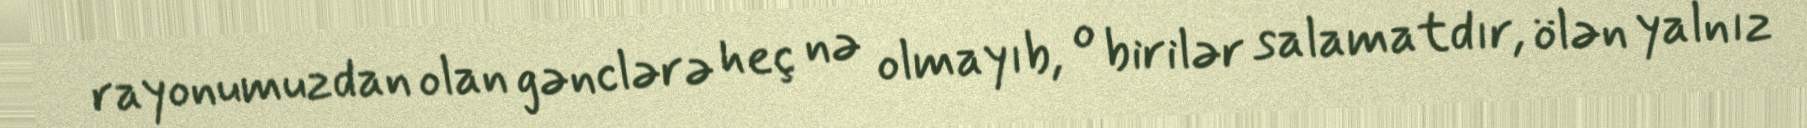
rayonumuzdan olan gənclərə heç nə olmayıb, o birilər salamatdır, ölən yalnız